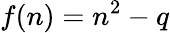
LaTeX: f(n)=n^{2}-q